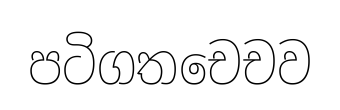
පටිගතචෙචව